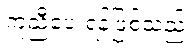
ကူညီပေးရန်ဖြစ်သည်